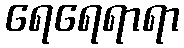
ရေရေရာရာ